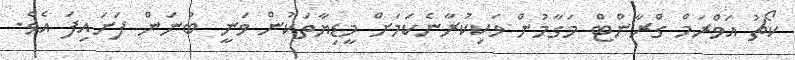
ކޯޗު އަވްރަމް ގްރާންޓް މަގާމުން ވަކިކުރާނެކަމަށް މީޑިޔާތަކުން ވަނީ ބުނަން ފަށައިފަ އެވެ.